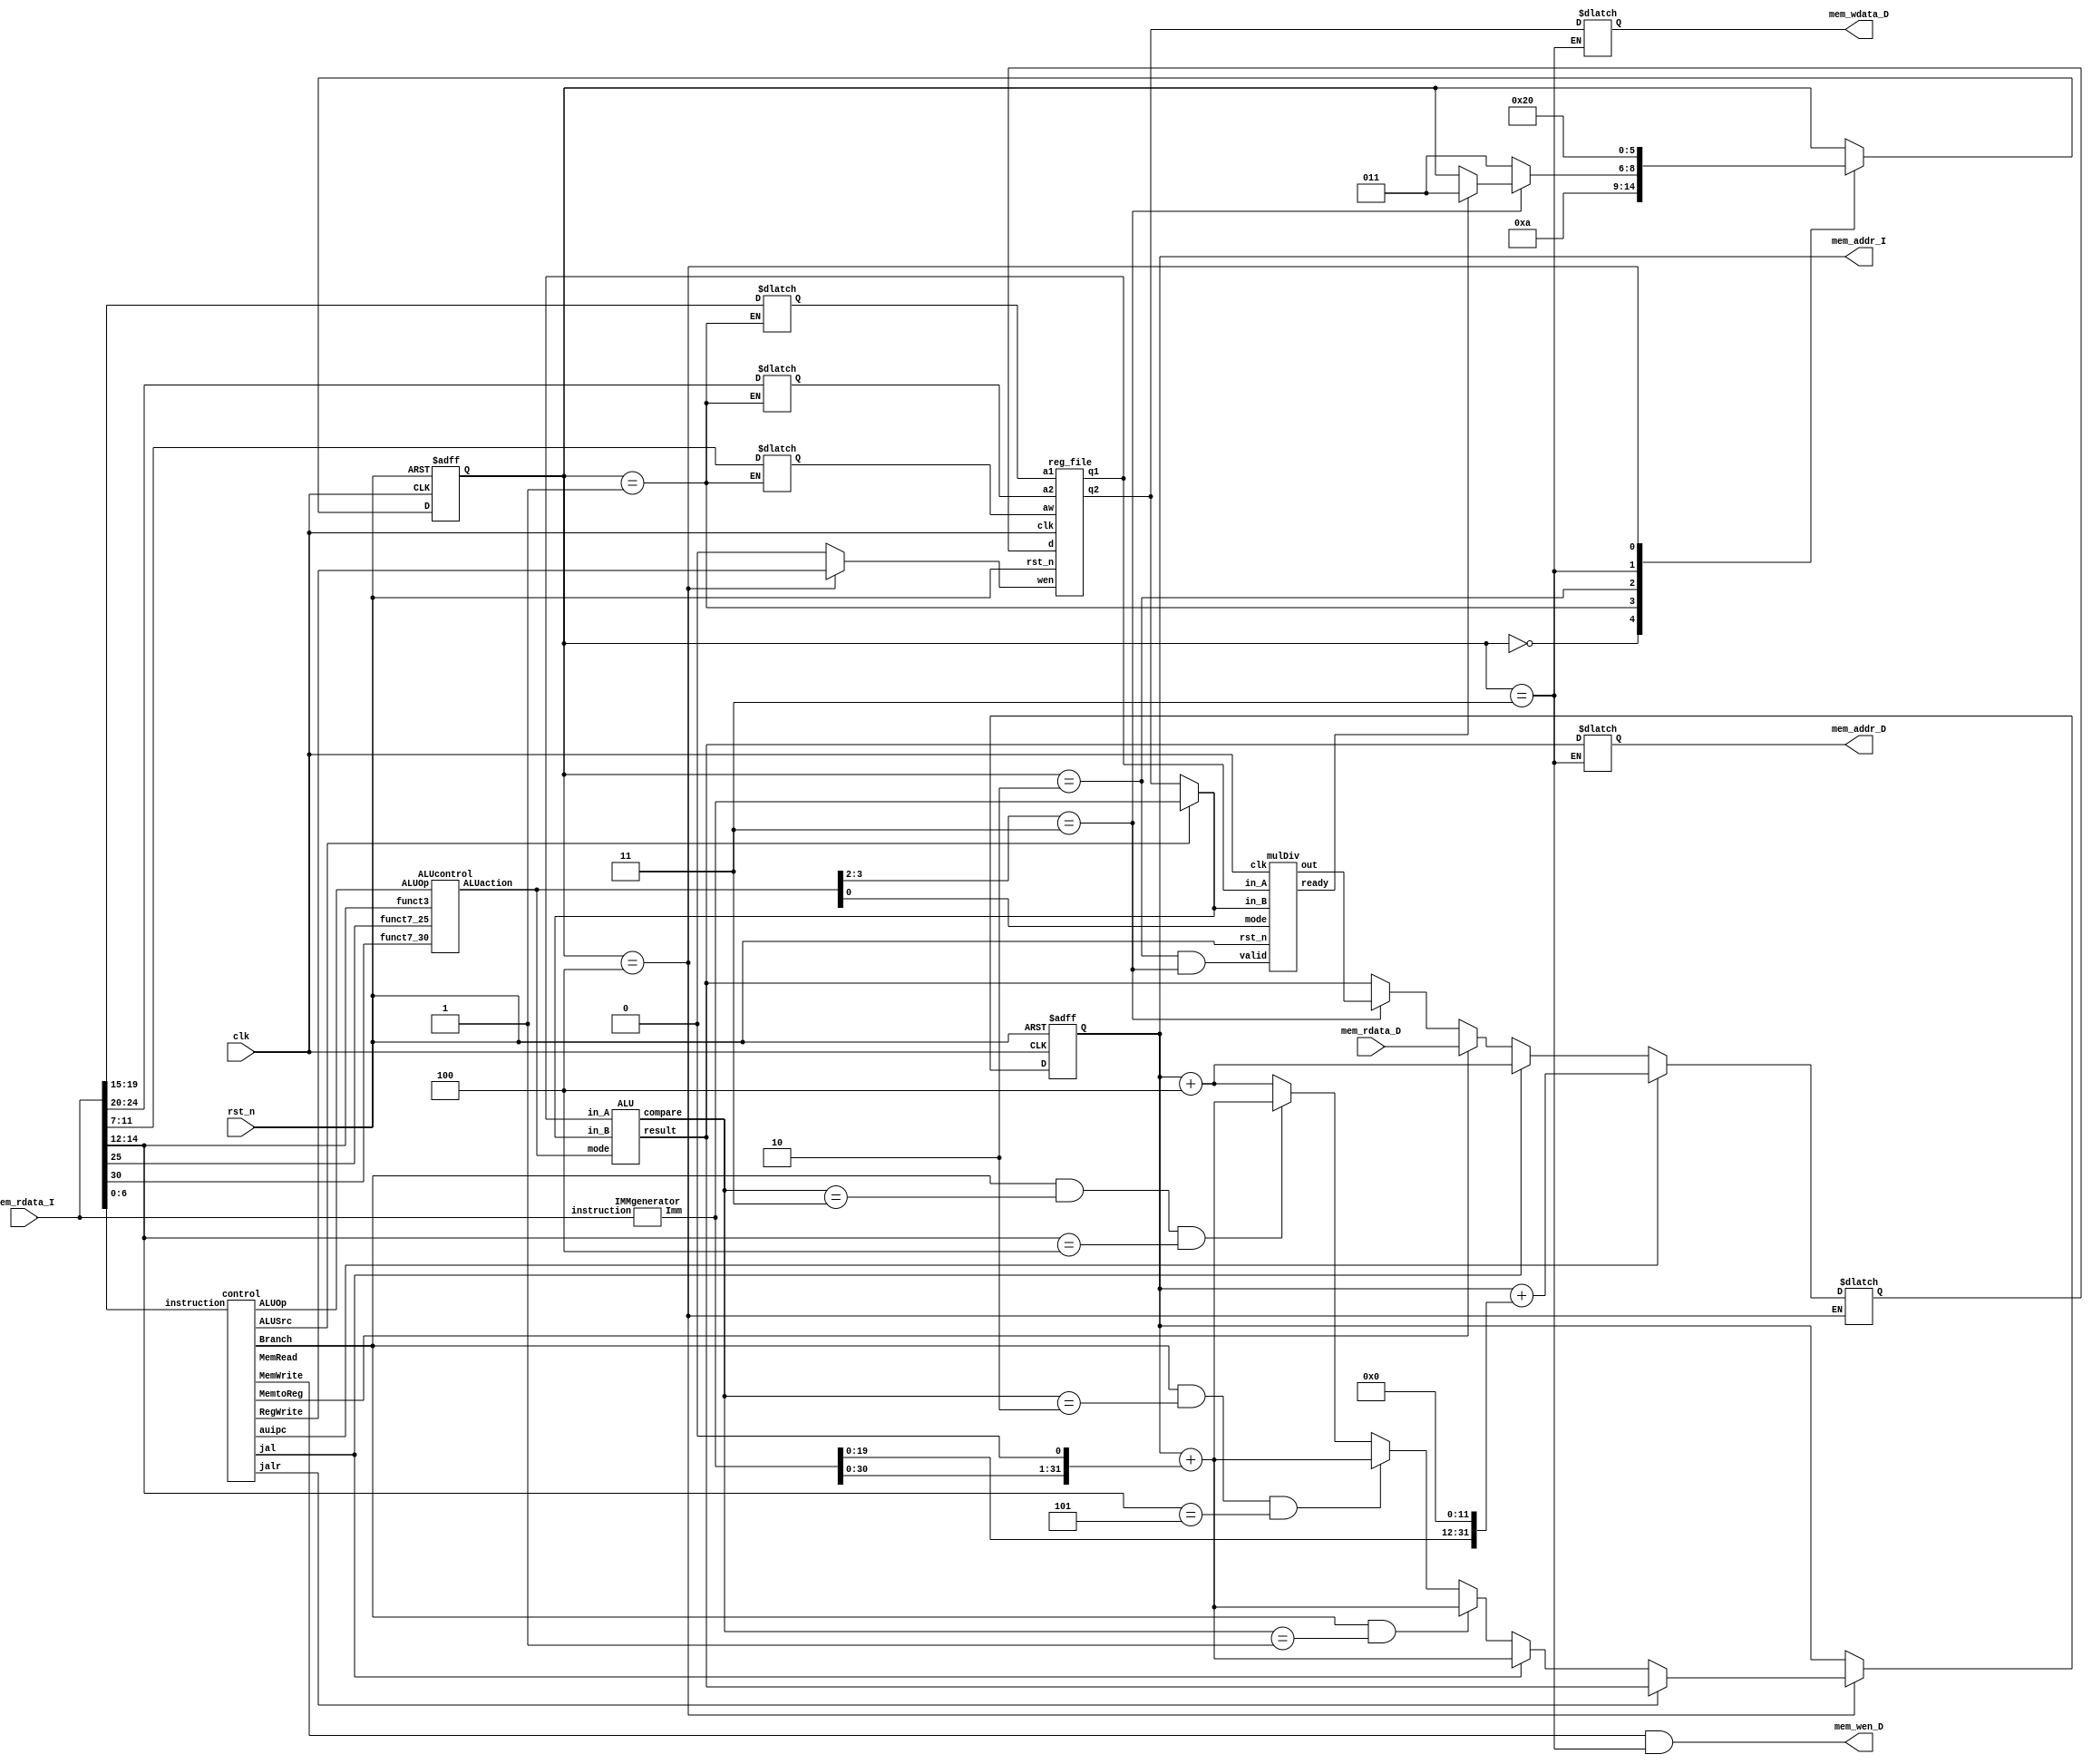
// Your code
module CHIP(clk,
            rst_n,
            // For mem_D
            mem_wen_D,
            mem_addr_D,
            mem_wdata_D,
            mem_rdata_D,
            // For mem_I
            mem_addr_I,
            mem_rdata_I);

    input         clk, rst_n ;
    // For mem_D
    output        mem_wen_D  ;
    output reg [31:0] mem_addr_D ;
    output reg [31:0] mem_wdata_D;
    input  [31:0] mem_rdata_D;
    // For mem_I
    output [31:0] mem_addr_I ;
    input  [31:0] mem_rdata_I;
    
    //---------------------------------------//
    // Do not modify this part!!!            //
    // Exception: You may change wire to reg //
    reg    [31:0] PC          ;              //
    reg   [31:0] PC_nxt      ;              //
    wire          regWrite    ;              //
    reg   [ 4:0] rs1, rs2, rd;              //
    wire   [31:0] rs1_data    ;              //
    wire   [31:0] rs2_data    ;              //
    reg   [31:0] rd_data     ;              //
    //---------------------------------------//

    // Todo: other wire/reg
    wire   [ 1:0] ALUOp;
    wire   [ 3:0] ALUaction;
    wire   [31:0] ALUin_B;
    wire   [31:0] ImmGen;
    wire          Branch;
    wire          MemRead;
    wire          MemtoReg;
    wire          MemWrite;
    wire          ALUSrc;
    wire          RegWrite;
    wire          jal;
    wire          jalr;
    wire          auipc;

    parameter S_IF = 3'd0, S_ID = 3'd1, S_EX = 3'd2, S_ME = 3'd3, S_WB = 3'd4;
    reg [2:0] state, state_nxt;
    wire [31:0] alu_result;
    wire [1:0] alu_compare;
    wire mul_ready;
    wire [31:0] mul_result;

    assign mem_addr_I = PC;
    assign ALUin_B = ALUSrc ? ImmGen : rs2_data;
    assign mem_wen_D = (MemWrite && (state == S_ME));
    assign regWrite = (state == S_WB) ? RegWrite : 0;

    //---------------------------------------//
    // Do not modify this part!!!            //
    reg_file reg0(                           //
        .clk(clk),                           //
        .rst_n(rst_n),                       //
        .wen(regWrite),                      //
        .a1(rs1),                            //
        .a2(rs2),                            //
        .aw(rd),                             //
        .d(rd_data),                         //
        .q1(rs1_data),                       //
        .q2(rs2_data));                      //
    //---------------------------------------//

    control control0(
        .instruction(mem_rdata_I[6:0]),
        .Branch(Branch),
        .MemRead(MemRead),
        .MemtoReg(MemtoReg),
        .MemWrite(MemWrite),
        .ALUSrc(ALUSrc),
        .RegWrite(RegWrite),
        .jal(jal),
        .jalr(jalr),
        .auipc(auipc),
        .ALUOp(ALUOp)
    );

    IMMgenerator immgen0(
        .instruction(mem_rdata_I),
        .Imm(ImmGen)
    );

    ALUcontrol ALUcontrol0(
        .ALUOp(ALUOp),
        .funct3(mem_rdata_I[14:12]),
        .funct7_30(mem_rdata_I[30]),
        .funct7_25(mem_rdata_I[25]),
        .ALUaction(ALUaction)
    );

    ALU alu0(
        .mode(ALUaction),       
        .in_A(rs1_data),    
        .in_B(ALUin_B),      
        .result(alu_result),  
        .compare(alu_compare)
    );

    mulDiv muldiv0(
        .clk(clk),
        .rst_n(rst_n),
        .valid(state == S_EX && ALUaction[3:2] == 2'b11),
        .mode(ALUaction[0]),  //mul : 4'b1100, div : 4'b1101  
        .in_A(rs1_data), 
        .in_B(ALUin_B),
        .ready(mul_ready),
        .out(mul_result)
    );  

    // Todo: any combinational/sequential circuit
    always @(*) begin
        state_nxt = state;
        case(state)
            S_IF : state_nxt = S_ID;
            S_ID : state_nxt = S_EX;
            S_EX : begin
                if(ALUaction[3:2] == 2'b11) begin
                    if (mul_ready) state_nxt = S_ME;
                end
                else state_nxt = S_ME;
            end
            S_ME : state_nxt = S_WB;
            S_WB : state_nxt = S_IF;
        endcase
    end

    always @(*) begin
        PC_nxt = PC;
        rs1 = rs1;
        rs2 = rs2;
        rd = rd;
        rd_data = rd_data;
        mem_wdata_D = mem_wdata_D;
        mem_addr_D = mem_addr_D;
        case(state)
            S_IF : begin

            end
            S_ID : begin
                rs1 = mem_rdata_I[19:15];
                rs2 = mem_rdata_I[24:20];
                rd = mem_rdata_I[11:7];
            end
            S_EX : begin

            end
            S_ME : begin
                mem_addr_D = alu_result;
                mem_wdata_D = rs2_data;
            end
            S_WB : begin
                if(auipc) rd_data = PC + (ImmGen << 12);
                else if(jal) rd_data = PC + 3'd4;
                else rd_data = (MemtoReg)? mem_rdata_D : (ALUaction[3:2] == 2'b11)? mul_result : alu_result;

                if (jalr) PC_nxt = alu_result;
                else if(jal) PC_nxt = PC + $signed(ImmGen << 1);
                else if(Branch && alu_compare == 2'd1) PC_nxt = PC + $signed(ImmGen << 1);
                else if(Branch && alu_compare == 2'd2 && mem_rdata_I[14:12] == 3'b101) PC_nxt = PC + $signed(ImmGen << 1);
                else if(Branch && alu_compare == 2'd3 && mem_rdata_I[14:12] == 3'b100) PC_nxt = PC + $signed(ImmGen << 1);
                // else if(auipc) PC_nxt = PC + (ImmGen << 12);
                else PC_nxt = PC + 3'd4;
            end
        endcase
    end

    always @(posedge clk or negedge rst_n) begin
        if (!rst_n) begin
            PC <= 32'h00010000; // Do not modify this value!!!
            state <= 3'b0;
        end
        else begin
            PC <= PC_nxt;
            state <= state_nxt;
        end
    end
endmodule

module reg_file(clk, rst_n, wen, a1, a2, aw, d, q1, q2);

    parameter BITS = 32;
    parameter word_depth = 32;
    parameter addr_width = 5; // 2^addr_width >= word_depth

    input clk, rst_n, wen; // wen: 0:read | 1:write
    input [BITS-1:0] d;
    input [addr_width-1:0] a1, a2, aw;

    output [BITS-1:0] q1, q2;

    reg [BITS-1:0] mem [0:word_depth-1];
    reg [BITS-1:0] mem_nxt [0:word_depth-1];

    integer i;

    assign q1 = mem[a1];
    assign q2 = mem[a2];

    always @(*) begin
        for (i=0; i<word_depth; i=i+1)
            mem_nxt[i] = (wen && (aw == i)) ? d : mem[i];
    end

    always @(posedge clk or negedge rst_n) begin
        if (!rst_n) begin
            mem[0] <= 0;
            for (i=1; i<word_depth; i=i+1) begin
                case(i)
                    32'd2: mem[i] <= 32'hbffffff0;
                    32'd3: mem[i] <= 32'h10008000;
                    default: mem[i] <= 32'h0;
                endcase
            end
        end
        else begin
            mem[0] <= 0;
            for (i=1; i<word_depth; i=i+1)
                mem[i] <= mem_nxt[i];
        end
    end
endmodule

module mulDiv(clk, rst_n, valid, ready, mode, in_A, in_B, out);
    input clk, rst_n;
    input valid;
    input mode;       // mode 0: mul, 1: div;
    input [31:0] in_A, in_B;
    output ready;
    output [31:0] out;

    // Definition of states
    parameter IDLE = 3'd0;
    parameter MUL  = 3'd1;
    parameter DIV  = 3'd2;
    parameter OUT  = 3'd3;

    // Wire and reg
    reg  [ 2:0] state, state_nxt;
    reg  [ 4:0] counter, counter_nxt;
    reg  [63:0] shreg, shreg_nxt;
    reg  [31:0] alu_in, alu_in_nxt;
    reg  [32:0] alu_out;
    reg  [32:0] alu;

    // assign output
    assign ready = (state == OUT);
    assign out = shreg[31:0];

    //FSM
    always @(*) begin
        case(state)
            IDLE: begin
                if (valid) begin
                    if (mode == 2'd0) state_nxt = MUL;
                    else if (mode == 2'd1) state_nxt = DIV;
                    else state_nxt = IDLE;
                end
                else state_nxt = IDLE; 
            end
            MUL : state_nxt = (counter == 5'd31) ? OUT : MUL; 
            DIV : state_nxt = (counter == 5'd31) ? OUT : DIV;
            OUT : state_nxt = IDLE;
            default : state_nxt = IDLE;
        endcase
    end

    // Counter
    always @(*) begin
        if (state == MUL || state == DIV) counter_nxt = counter + 1;
        else counter_nxt = 5'd0;
    end

    // ALU input
    always @(*) begin
        case(state)
            IDLE: begin
                if (valid) alu_in_nxt = in_B;
                else       alu_in_nxt = 0;
            end
            OUT : alu_in_nxt = 0;
            default: alu_in_nxt = alu_in;
        endcase
    end

    // ALU output
    always @(*)begin
        case(state)
            IDLE: alu_out = 33'd0; 
            MUL: alu_out = (shreg[0]) ? alu_in + shreg[63:32] : shreg[63:32];
            DIV: begin 
                if (shreg[63:32] >= alu_in) begin 
                    alu_out = shreg[63:32] - alu_in;
                    alu_out[32] = 1'b1;
                end
                else begin 
                    alu_out = shreg[63:32];
                    alu_out[32] = 1'b0;
                end
            end
            OUT : alu_out = 32'd0;  
            default : alu_out = 32'd0;
        endcase
    end

    // Shift register
    always @(*) begin 
        shreg_nxt = shreg;
        if (state == IDLE && valid == 1'd1) begin
            if (state_nxt == DIV) shreg_nxt = in_A << 1;
            else shreg_nxt = in_A;
        end
        else if (state == MUL) begin  
            shreg_nxt = shreg >> 1;
            shreg_nxt[63:31] = alu_out;
        end
        else if (state == DIV) begin
            shreg_nxt = shreg;
            shreg_nxt[63:32] = alu_out[31:0];
            shreg_nxt =  shreg_nxt << 1;
            shreg_nxt[0] = alu_out[32];
            
            if (counter == 5'd31) shreg_nxt[63:32] = shreg_nxt[63:32] >> 1; 
        end
        // else shreg_nxt[32:0] = alu_out;
    end

    // Sequential always block
    always @(posedge clk or negedge rst_n) begin
        if (!rst_n) begin
            state <= IDLE;
            shreg <= 64'd0;
            counter <= 5'd0;
            alu_in <= 32'd0;
        end
        else begin
            state <= state_nxt;
            shreg <= shreg_nxt;
            counter <= counter_nxt;
            alu_in <= alu_in_nxt;
        end
    end
endmodule

module ALU(mode, in_A, in_B, result, compare);
    input [3:0] mode;        // ALU control
    input [31:0] in_A;       // in_A: data from rs1
    input [31:0] in_B;       // in_B: data from rs2 or imm
    output [31:0] result;    // ALU result
    output [1:0] compare;    // branch compare signal
                             // 1: rs1 == rs2 (beq)
                             // 2: rs1 >= rs2 (bge)
                             // 3: rs1 <= rs2 (blt) 
                                               
    // Definition of different modes
    parameter AND       = 4'b0000;
    parameter OR        = 4'b0001;
    parameter ADD       = 4'b0010;
    parameter SUB       = 4'b0110;  
    parameter XOR       = 4'b0111;
    parameter SRLI      = 4'b1000;  // shift right immediate
    parameter SLLI      = 4'b1001;  // shift left immediate
    parameter SLTI      = 4'b1010;  // set < immediate

    // Wire and reg
    reg  [31:0] alu_out;

    // assign output
    assign result = alu_out;
    assign compare = (mode == SUB)? ((alu_out == 1'd0)? 2'd1 : ((alu_out[31] == 1'd0)? 2'd2 : 2'd3)) : 1'd0; //equal:1, A>=B:2, A<B:3, else:0


    // ALU output 
    always @(*)begin
        case(mode)
        AND: alu_out= in_A & in_B;
        OR : alu_out= in_A | in_B;
        ADD: alu_out= $signed(in_A) + $signed(in_B);
        SUB: alu_out= $signed(in_A) - $signed(in_B);
        XOR: alu_out= in_A ^ in_B;
        SRLI: alu_out = in_A >> in_B;
        SLLI: alu_out = in_A << in_B;
        SLTI: alu_out = (in_A < in_B);
        default: alu_out = 1'd0;
        endcase 
    end
    
endmodule

module control(
    input [6:0] instruction,
    output reg  Branch,
    output reg  MemRead,
    output reg  MemtoReg,
    output reg  MemWrite,
    output reg  ALUSrc,
    output reg  RegWrite,
    output reg  jal,
    output reg  jalr,
    output reg  auipc,
    output reg  [1:0] ALUOp
);

    always @(*) begin
        case(instruction)
            7'b0010111: begin  //auipc
                ALUSrc      = 1'b1;
                MemtoReg    = 1'b0;
                RegWrite    = 1'b1;
                MemRead     = 1'b0;
                MemWrite    = 1'b0;
                Branch      = 1'b0;
                jal         = 1'b0;
                jalr        = 1'b0;
                auipc       = 1'b1;
                ALUOp       = 2'bx;         
            end
            7'b1101111: begin  //jal
                ALUSrc      = 1'b1;
                MemtoReg    = 1'b0;
                RegWrite    = 1'b1;
                MemRead     = 1'b0;
                MemWrite    = 1'b0;
                Branch      = 1'b0;
                jal         = 1'b1;
                jalr        = 1'b0;
                auipc       = 1'b0;
                ALUOp       = 2'bx;         
            end
            7'b1100111: begin  //jalr
                ALUSrc      = 1'b1;
                MemtoReg    = 1'b0;
                RegWrite    = 1'b1;
                MemRead     = 1'b0;
                MemWrite    = 1'b0;
                Branch      = 1'b0;
                jal         = 1'b0;
                jalr        = 1'b1;
                auipc       = 1'b0;
                ALUOp       = 2'd3;         
            end
            7'b1100011: begin  //beq
                ALUSrc      = 1'b0;
                MemtoReg    = 1'bx;
                RegWrite    = 1'b0;
                MemRead     = 1'b0;
                MemWrite    = 1'b0;
                Branch      = 1'b1;
                jal         = 1'b0;
                jalr        = 1'b0;
                auipc       = 1'b0;
                ALUOp       = 2'b1;         
            end
            7'b0000011: begin  //lw
                ALUSrc      = 1'b1;
                MemtoReg    = 1'b1;
                RegWrite    = 1'b1;
                MemRead     = 1'b1;
                MemWrite    = 1'b0;
                Branch      = 1'b0;
                jal         = 1'b0;
                jalr        = 1'b0;
                auipc       = 1'b0;
                ALUOp       = 2'd0;         
            end
            7'b0100011: begin  //sw
                ALUSrc      = 1'b1;
                MemtoReg    = 1'bx;
                RegWrite    = 1'b0;
                MemRead     = 1'b0;
                MemWrite    = 1'b1;
                Branch      = 1'b0;
                jal         = 1'b0;
                jalr        = 1'b0;
                auipc       = 1'b0;
                ALUOp       = 2'd0;         
            end
            7'b0010011: begin  //addi, slti, srai, slli
                ALUSrc      = 1'b1;
                MemtoReg    = 1'b0;
                RegWrite    = 1'b1;
                MemRead     = 1'b0;
                MemWrite    = 1'b0;
                Branch      = 1'b0;
                jal         = 1'b0;
                jalr        = 1'b0;
                auipc       = 1'b0;
                ALUOp       = 2'd3;         
            end
            7'b0110011: begin  //R_type
                ALUSrc      = 1'b0;
                MemtoReg    = 1'b0;
                RegWrite    = 1'b1;
                MemRead     = 1'b0;
                MemWrite    = 1'b0;
                Branch      = 1'b0;
                jal         = 1'b0;
                jalr        = 1'b0;
                auipc       = 1'b0;
                ALUOp       = 2'd2;         
            end
            default: begin  
                ALUSrc      = 1'b0;
                MemtoReg    = 1'b0;
                RegWrite    = 1'b0;
                MemRead     = 1'b0;
                MemWrite    = 1'b0;
                Branch      = 1'b0;
                jal         = 1'b0;
                jalr        = 1'b0;
                auipc       = 1'b0;
                ALUOp       = 2'd0;         
            end
        endcase
    end
endmodule

module ALUcontrol(
    input       [1:0]   ALUOp,
    input       [2:0]   funct3,
    input               funct7_30,
    input               funct7_25,
    output reg  [3:0]   ALUaction
    //output              mul_div_mode
);

    parameter AND       = 4'b0000;
    parameter OR        = 4'b0001;
    parameter ADD       = 4'b0010;
    parameter SUB       = 4'b0110;  
    parameter XOR       = 4'b0111;
    parameter SRAI      = 4'b1000;  // shift right immediate
    parameter SLLI      = 4'b1001;  // shift left immediate
    parameter SLTI      = 4'b1010;  // set < immediate
    parameter MUL       = 4'b1100;
    parameter DIV       = 4'b1101;

    always @(*) begin
        case(ALUOp)
            2'b00: begin
                ALUaction = ADD;
            end
            2'b01: begin
                ALUaction = SUB;
            end
            2'b10: begin
                if      (funct3 == 3'b111) ALUaction = AND;
                else if (funct3 == 3'b110) ALUaction = OR;
                else if (funct3 == 3'b100) ALUaction = funct7_25 ? DIV : XOR;
                else begin // 3'b000
                    if(funct7_25) ALUaction = MUL;
                    else ALUaction = funct7_30 ? SUB : ADD;
                end
            end
            2'b11: begin
                if      (funct3 == 3'b010) ALUaction = SLTI;
                else if (funct3 == 3'b101) ALUaction = SRAI;
                else if (funct3 == 3'b001) ALUaction = SLLI;
                else ALUaction = ADD;   
            end
        endcase

        //case(funct3)
        //    3'b000: begin  //sub, add, addi,jalr
        //        ALUaction <= (ALUOp == 2'd3) ? 4'b0010 : (ALUOp == 2'd1) ? 4'b0110 : funct7_25 ? 4'b1100 : funct7_30 ? 4'b0110 : 4'b0010;
        //    end
        //    3'b111: begin  //and
        //        ALUaction <= 4'b0000;
        //    end
        //    3'b110: begin  //or
        //        ALUaction <= 4'b0001;
        //    end
        //    3'b100: begin  //xor
        //        ALUaction <= funct7_25 ? 4'b1101 : 4'b0111;
        //    end
        //    3'b010: begin  //slti
        //        ALUaction <= (ALUOp == 2'b00) ? 4'b0010 : 4'b1010;
        //    end
        //    3'b101: begin  //srai
        //        ALUaction <= 4'b1001;
        //    end
        //    3'b001: begin  //slli
        //        ALUaction <= 4'b1000;
        //    end
        //    default: begin
        //        ALUaction <= 4'b0010;
        //    end
        //endcase
    end
endmodule

module IMMgenerator(
    input      [31:0]  instruction,
    output reg [31:0]  Imm
);
    always @(*) begin
        case(instruction[6:0])
            7'b0010111: begin  //auipc
                Imm <= {{11{instruction[31]}}, instruction[31:12]};
            end
            7'b1101111: begin  //jal
                Imm <= {{11{instruction[31]}}, instruction[31], instruction[19:12], 
                               instruction[20], instruction[30:21]};
            end
            7'b1100111: begin  //jalr
                Imm <= {{20{instruction[31]}}, instruction[31:20]};
            end
            7'b1100011: begin  //beq
                Imm <= {{20{instruction[31]}}, instruction[31],    instruction[7], 
                               instruction[30:25], instruction[11:8]};
            end
            7'b0000011: begin  //lw
                Imm <= {{20{instruction[31]}}, instruction[31:20]};
            end
            7'b0100011: begin  //sw
                Imm <= {{20{instruction[31]}}, instruction[31:25], instruction[11:7]};
            end
            7'b0010011: begin  //addi, slti, srai, slli
                Imm <= {{20{instruction[31]}}, instruction[31:20]};
            end
            default: begin  
                Imm <= {30'b0};
            end

        endcase
    end
endmodule